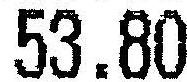
53.80